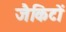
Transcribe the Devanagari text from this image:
जैकिटों